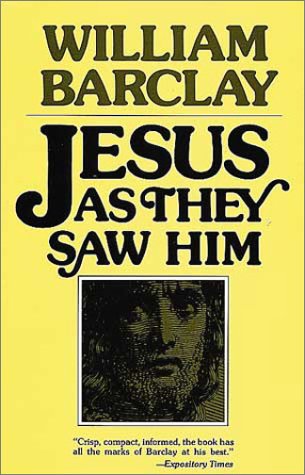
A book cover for Jesus as They Saw Him: New Testament Interpretations of Jesus; William Barclay; Christian Books & Bibles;